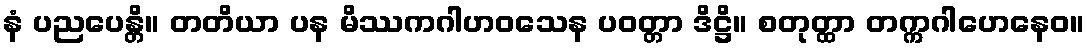
နံ ပညပေန္တိ။ တတိယာ ပန မိဿကဂါဟဝသေန ပဝတ္တာ ဒိဋ္ဌိ။ စတုတ္ထာ တက္ကဂါဟေနေဝ။